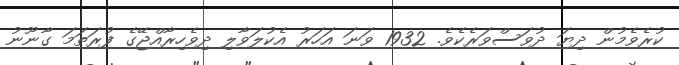
ކުރެވެމުން ދިޔަ ދުވަސްވަރެކެވެ. 1932 ވަނަ އަހަރު އެކުލަވާލި ދިވެހިރާއްޖޭގެ ފުރަތަމަ ގާނޫނު